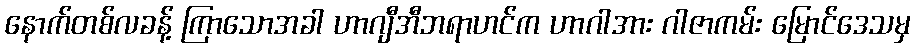
နောက်တစ်လခန့် ကြာသောအခါ ဟာဂျီအီဘရာဟင်က ဟာဂါအား ဂါဇာကမ်း မြောင်ဒေသမှ